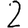
Digit: 2